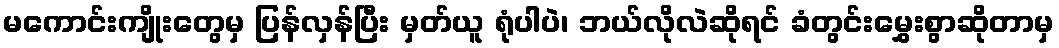
မကောင်းကျိုးတွေမှ ပြန်လှန်ပြီး မှတ်ယူ ရုံပါပဲ၊ ဘယ်လိုလဲဆိုရင် ခံတွင်းမွှေးစွာဆိုတာမှ